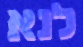
לנא